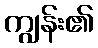
ကျွန်း၏